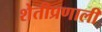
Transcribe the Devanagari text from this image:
शेतीप्रणाली